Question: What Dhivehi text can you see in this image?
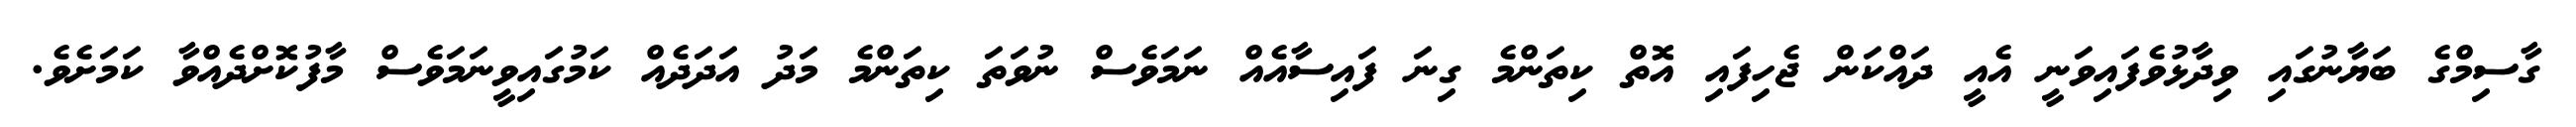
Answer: ގާސިމްގެ ބަޔާނުގައި ވިދާޅުވެފައިވަނީ އެއީ ދައްކަން ޖެހިފައި އޮތް ކިތަންމެ ގިނަ ފައިސާއެއް ނަމަވެސް ނުވަތަ ކިތަންމެ މަދު އަދަދެއް ކަމުގައިވީނަމަވެސް މާފުކޮށްދެއްވާ ކަމަށެވެ.